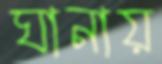
ঘানায়